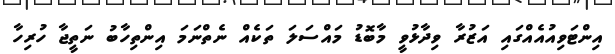
އިންޓަވިއުއެއްގައި އަޒުރާ ވިދާޅުވީ މާބޮޑު މައްސަލަ ތަކެއް ނެތްނަމަ އިންތިހާބު ނަތީޖާ ހުރިހާ